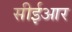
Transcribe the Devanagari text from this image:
सीईआर